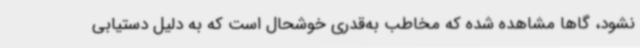
نشود، گاها مشاهده شده که مخاطب به‌قدری خوشحال است که به دلیل دستیابی